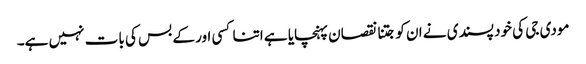
مودی جی کی خود پسندی نے ان کو جتنا نقصان پہنچایا ہے اتنا کسی اور کے بس کی بات نہیں ہے۔